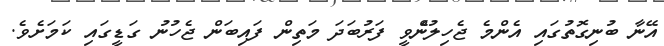
އޭނާ ބުނިގޮތުގައި އެންމެ ޖެހިލުންެވީ ފަރުބަދަ މަތިން ފައިބަން ޖެހުނު ގަޑީގައި ކަމަށެވެ.